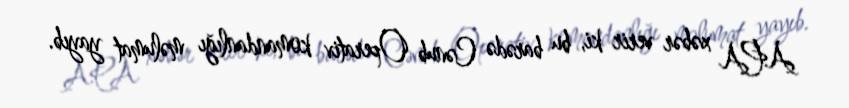
APA xəbər verir ki, bu barədə Cənub Operativ komandanlığı məlumat yayıb.